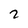
Character: 2